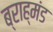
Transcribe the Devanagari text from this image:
ब्राह्मंड